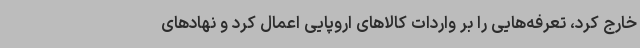
خارج کرد، تعرفه‌هایی را بر واردات کالاهای اروپایی اعمال کرد و نهادهای